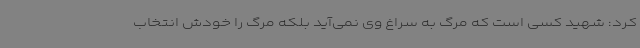
کرد: شهید کسی است که مرگ به سراغ وی نمی‌آید بلکه مرگ را خودش انتخاب